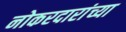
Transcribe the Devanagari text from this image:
नोकरदारांच्या